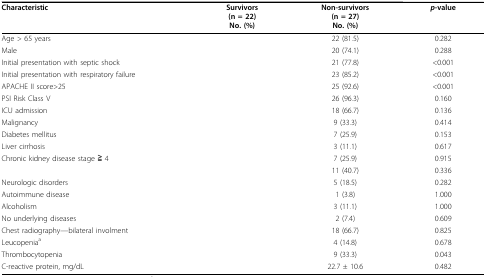
<table><thead><tr><td><b>Characteristic</b></td><td><b>Survivors(n = 22)No. (%)</b></td><td><b>Non-survivors(n = 27)No. (%)</b></td><td><b><i>p</i>-value</b></td></tr></thead><tbody><tr><td>Age &gt; 65 years</td><td>[EMPTY_CELL]</td><td>22 (81.5)</td><td>0.282</td></tr><tr><td>Male</td><td>[EMPTY_CELL]</td><td>20 (74.1)</td><td>0.288</td></tr><tr><td>Initial presentation with septic shock</td><td>[EMPTY_CELL]</td><td>21 (77.8)</td><td>&lt;0.001</td></tr><tr><td>Initial presentation with respiratory failure</td><td>[EMPTY_CELL]</td><td>23 (85.2)</td><td>&lt;0.001</td></tr><tr><td>APACHE II score&gt;25</td><td>[EMPTY_CELL]</td><td>25 (92.6)</td><td>&lt;0.001</td></tr><tr><td>PSI Risk Class V</td><td>[EMPTY_CELL]</td><td>26 (96.3)</td><td>0.160</td></tr><tr><td>ICU admission</td><td>[EMPTY_CELL]</td><td>18 (66.7)</td><td>0.136</td></tr><tr><td>Malignancy</td><td>[EMPTY_CELL]</td><td>9 (33.3)</td><td>0.414</td></tr><tr><td>Diabetes mellitus</td><td>[EMPTY_CELL]</td><td>7 (25.9)</td><td>0.153</td></tr><tr><td>Liver cirrhosis</td><td>[EMPTY_CELL]</td><td>3 (11.1)</td><td>0.617</td></tr><tr><td>Chronic kidney disease stage≧4</td><td>[EMPTY_CELL]</td><td>7 (25.9)</td><td>0.915</td></tr><tr><td>[EMPTY_CELL]</td><td>[EMPTY_CELL]</td><td>11 (40.7)</td><td>0.336</td></tr><tr><td>Neurologic disorders</td><td>[EMPTY_CELL]</td><td>5 (18.5)</td><td>0.282</td></tr><tr><td>Autoimmune disease</td><td>[EMPTY_CELL]</td><td>1 ( 3.8)</td><td>1.000</td></tr><tr><td>Alcoholism</td><td>[EMPTY_CELL]</td><td>3 (11.1)</td><td>1.000</td></tr><tr><td>No underlying diseases</td><td>[EMPTY_CELL]</td><td>2 ( 7.4)</td><td>0.609</td></tr><tr><td>Chest radiography--bilateral involment</td><td>[EMPTY_CELL]</td><td>18 (66.7)</td><td>0.825</td></tr><tr><td>Leucopenia <sup>a</sup></td><td>[EMPTY_CELL]</td><td>4 (14.8)</td><td>0.678</td></tr><tr><td>Thrombocytopenia</td><td>[EMPTY_CELL]</td><td>9 (33.3)</td><td>0.043</td></tr><tr><td>C-reactive protein, mg/dL</td><td>[EMPTY_CELL]</td><td>22.7 ± 10.6</td><td>0.482</td></tr></tbody></table>